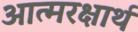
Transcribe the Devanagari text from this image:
आत्मरक्षार्थ